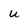
Character: u